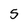
Character: 5